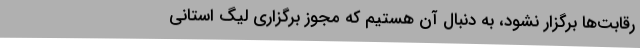
رقابت‌ها برگزار نشود، به دنبال آن هستیم که مجوز برگزاری لیگ استانی